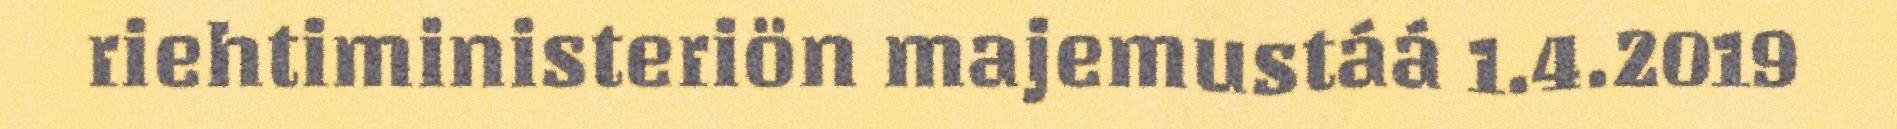
riehtiministeriön majemustáá 1.4.2019